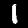
Digit: 1